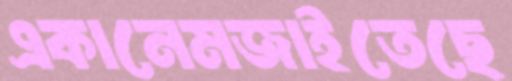
একানেমজাইতেছে